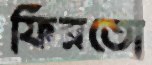
ফিরতো